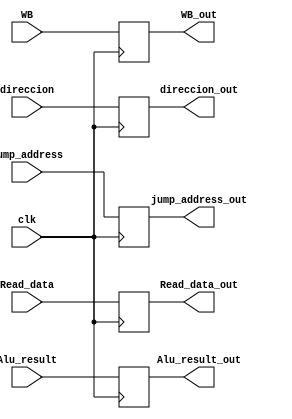
module Buffer_4 (
	input clk,
	input [31:0]Read_data,
	input [31:0]Alu_result,
	input [2:0]WB,
	input [4:0]direccion,
	input [31:0] jump_address,
	
	output reg [31:0] Read_data_out,
	output reg [31:0] Alu_result_out,
	output reg [2:0] WB_out,
	output reg [4:0] direccion_out,
	output reg [31:0] jump_address_out
);

always@(posedge clk)
begin
	Read_data_out <= Read_data;
	Alu_result_out <= Alu_result;
	WB_out <= WB;
	direccion_out <= direccion;
	jump_address_out <= jump_address;
	
end

endmodule